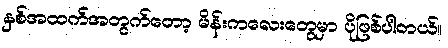
နှစ်အထက်အတွက်တော့ မိန်းကလေးတွေမှာ ပိုဖြစ်ပါတယ်။